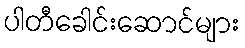
ပါတီခေါင်းဆောင်များ